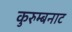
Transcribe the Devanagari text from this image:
कुरुम्बनाट